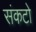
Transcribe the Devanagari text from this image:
संकटो